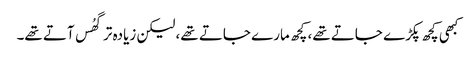
کبھی کچھ پکڑے جاتے تھے، کچھ مارے جاتے تھے، لیکن زیادہ تر گھُس آتے تھے۔